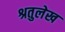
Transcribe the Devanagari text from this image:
श्रतुलेख